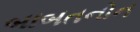
બાબતનોન